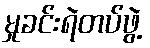
မှုခင်းရဲတပ်ဖွဲ့